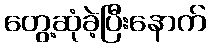
တွေ့ဆုံခဲ့ပြီးနောက်